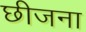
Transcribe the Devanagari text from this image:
छीजना